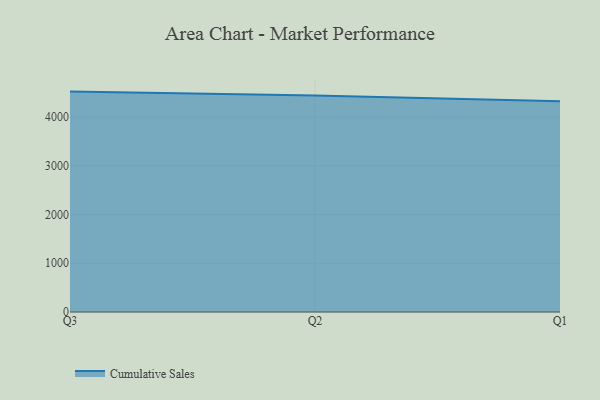
{"axis": {"x": "Quarter", "y": "Demand Index"}, "legend": ["Cumulative Sales"], "data": [{"x": "Q3", "y": 4525.0, "type": "Cumulative Sales"}, {"x": "Q2", "y": 4446.1, "type": "Cumulative Sales"}, {"x": "Q1", "y": 4328.3, "type": "Cumulative Sales"}]}